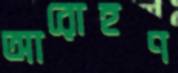
আরোহণ